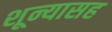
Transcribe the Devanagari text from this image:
शून्यासह